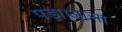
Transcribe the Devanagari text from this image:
पड़ा।आसा